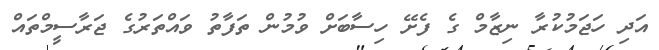
އަދި ހަޖަމުކުރާ ނިޒާމް ގެ ފެށޭ ހިސާބަށް ވުމުން ތަފާތު ވައްތަރުގެ ޖަރާސީމްތައް